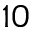
1 0